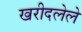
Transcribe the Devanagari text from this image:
खरीदलेले